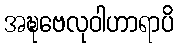
အဍ္ဎဗေလုဝါဟာရာပိ